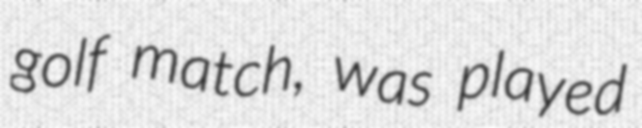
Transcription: golf match, was played